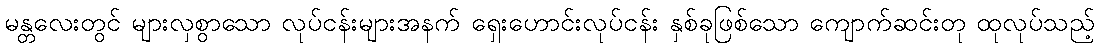
မန္တလေးတွင် များလှစွာသော လုပ်ငန်းများအနက် ရှေးဟောင်းလုပ်ငန်း နှစ်ခုဖြစ်သော ကျောက်ဆင်းတု ထုလုပ်သည့်